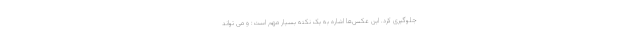
جلوگیری کرد. این عکس‌ها اشاره به یک نکته بسیار مهم است: و می تواند